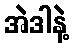
အဲဒါနဲ့